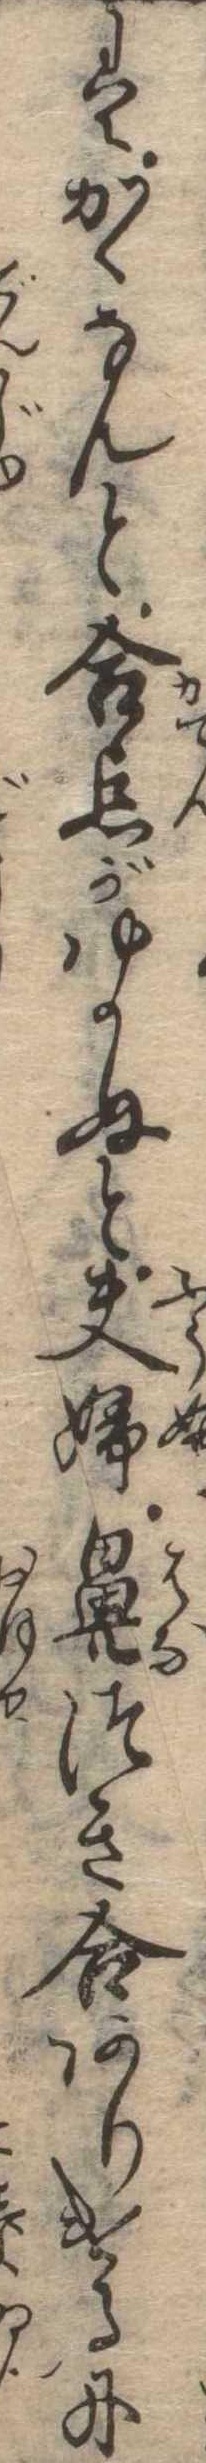
はかゝなんと合点がゆかぬと夫婦鼻つき合ありけるに